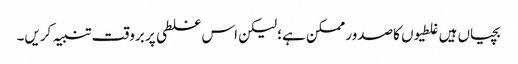
بچیاں ہیں غلطیوں کاصدور ممکن ہے؛ لیکن اس غلطی پر بروقت تنبیہ کریں۔